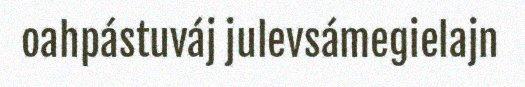
oahpástuváj julevsámegielajn